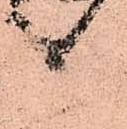
候